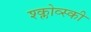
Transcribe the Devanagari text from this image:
श्क्लोव्स्की